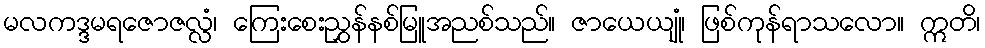
မလကဒ္ဒမရဇောဇလ္လံ၊ ကြေးစေးညွှန်နစ်မြူအညစ်သည်။ ဇာယေယျုံ၊ ဖြစ်ကုန်ရာသလော။ ဣတိ၊